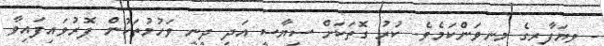
- ވިޔަފާރީގެ މިނިވަންކަމެވެ. ކުރު ގޮތަކަށް ސިޔާސީ އަދި ދީނީ ވަހުމުތަކުން ފޮރުވައިފައިވާ